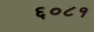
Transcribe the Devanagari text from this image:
६०८१